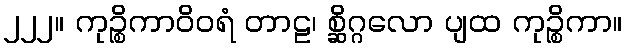
၂၂၂။ ကုဉ္စိကာဝိဝရံ တာဠ၊ စ္ဆိဂ္ဂလော ပျထ ကုဉ္စိကာ။